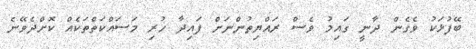
ބޭފުޅަކު ވެގެން ދާނީ ގައިމު ވެސް ރައްޔިތުންނަށް ފައިދާ ހުރި މަސައްކަތްތަކެއް ކޮށްދެވޭނެ